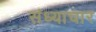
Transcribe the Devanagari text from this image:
संध्याचार